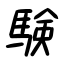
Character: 験